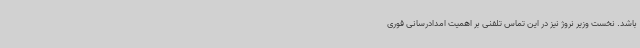
باشد. نخست وزیر نروژ نیز در این تماس تلفنی بر اهمیت امدادرسانی فوری